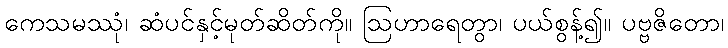
ကေသမဿုံ၊ ဆံပင်နှင့်မုတ်ဆိတ်ကို။ ဩဟာရေတွာ၊ ပယ်စွန့်၍။ ပဗ္ဗဇိတော၊